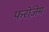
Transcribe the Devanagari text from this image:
फरोज़ेम